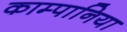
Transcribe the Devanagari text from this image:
काम्पानिया